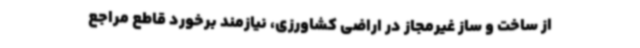
از ساخت و ساز غیرمجاز در اراضی کشاورزی، نیازمند برخورد قاطع مراجع